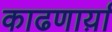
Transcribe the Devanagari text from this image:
काढणार्य़ा